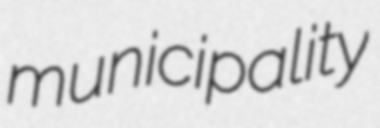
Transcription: municipality